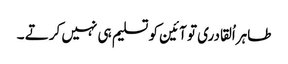
طاہراُلقادری تو آئین کو تسلیم ہی نہیں کرتے ۔